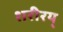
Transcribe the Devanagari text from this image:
शरीरय्